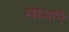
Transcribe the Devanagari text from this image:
संध्वनि